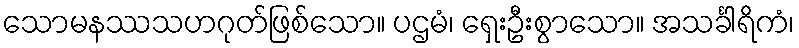
သောမနဿသဟဂုတ်ဖြစ်သော။ ပဌမံ၊ ရှေးဦးစွာသော။ အသင်္ခါရိကံ၊